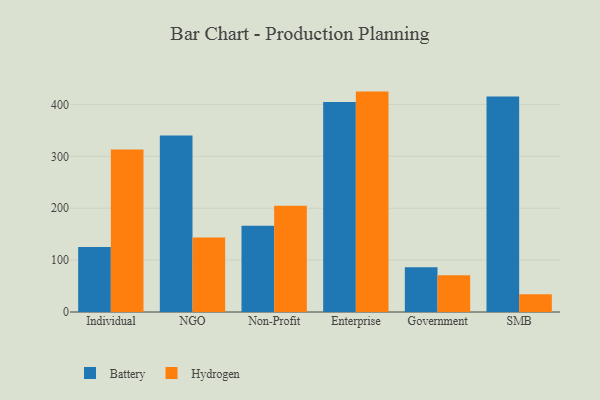
{"axis": {"x": "Segment", "y": "Energy Usage (MWh)"}, "legend": ["Battery", "Hydrogen"], "data": [{"x": "Individual", "y": 125.2, "type": "Battery"}, {"x": "Individual", "y": 313.2, "type": "Hydrogen"}, {"x": "NGO", "y": 340.3, "type": "Battery"}, {"x": "NGO", "y": 143.4, "type": "Hydrogen"}, {"x": "Non-Profit", "y": 166.1, "type": "Battery"}, {"x": "Non-Profit", "y": 205.0, "type": "Hydrogen"}, {"x": "Enterprise", "y": 404.6, "type": "Battery"}, {"x": "Enterprise", "y": 424.8, "type": "Hydrogen"}, {"x": "Government", "y": 86.4, "type": "Battery"}, {"x": "Government", "y": 71.0, "type": "Hydrogen"}, {"x": "SMB", "y": 415.5, "type": "Battery"}, {"x": "SMB", "y": 34.2, "type": "Hydrogen"}]}